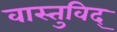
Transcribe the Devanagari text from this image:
वास्‍तुविद्